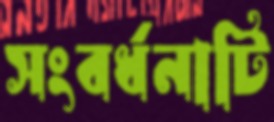
সংবর্ধনাটি